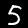
Label: 5